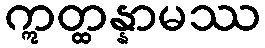
ဣတ္ထန္နာမဿ